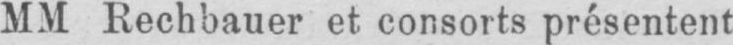
MM Rechbauer et consorts présentent